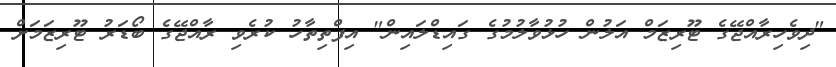
"ދިވެހިރާއްޖޭގެ ޓޫރިޒަމް އަލުން ހުޅުވާލުމުގެ ގައިޑްލައިން" އިފްތިތާހު ކުރެވި ރާއްޖޭގެ ބޯޑަރު ޓޫރިޒަމަށް